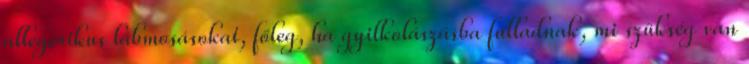
allegorikus lábmosásokat, főleg, ha gyilkolászásba fulladnak, mi szükség van